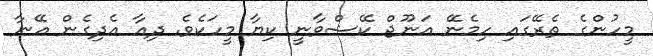
މީހުންގެ ތެރޭގައި ހިމެނޭ އަނޫޖް ކޭޝްވާނީ ކިޔާ މީހަކެވެ. ދިއާ އެދިގެން އޭނާ